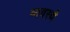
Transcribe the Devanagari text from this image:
व्यवस्थे